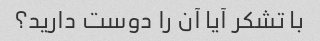
با تشکر آیا آن را دوست دارید؟